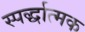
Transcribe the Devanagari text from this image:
स्पर्द्धात्मक